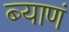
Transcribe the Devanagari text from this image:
ब्याणं